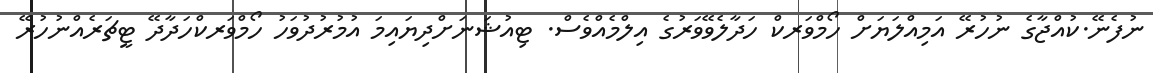
ނުފެނޭ.ކުއްޖާގެ ނުހުރޭ އަމިއްލަޔަށް ހޯމްވަރކް ހަދާލެވޭވަރުގެ އިލްމެއްވެސް. ޓިއުޝަނަށްދިޔައިމަ އުމުރުދުވަހު ހޯމްވަރކްހަދާދޭ ޓީޗަރެއްނުހުރޭ